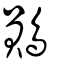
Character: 鶰